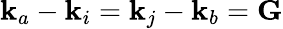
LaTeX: {\mathbf k}_{a}-{\mathbf k}_{i}={\mathbf k}_{j}-{\mathbf k}_{b}={\mathbf G}